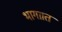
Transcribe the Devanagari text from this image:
भागाात